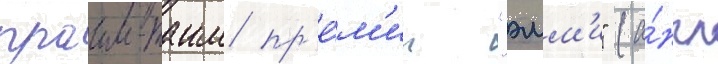
праим-таим пр'е́м'ии "эмм'и" (а́нгл